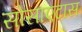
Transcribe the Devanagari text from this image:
सोसाएटास